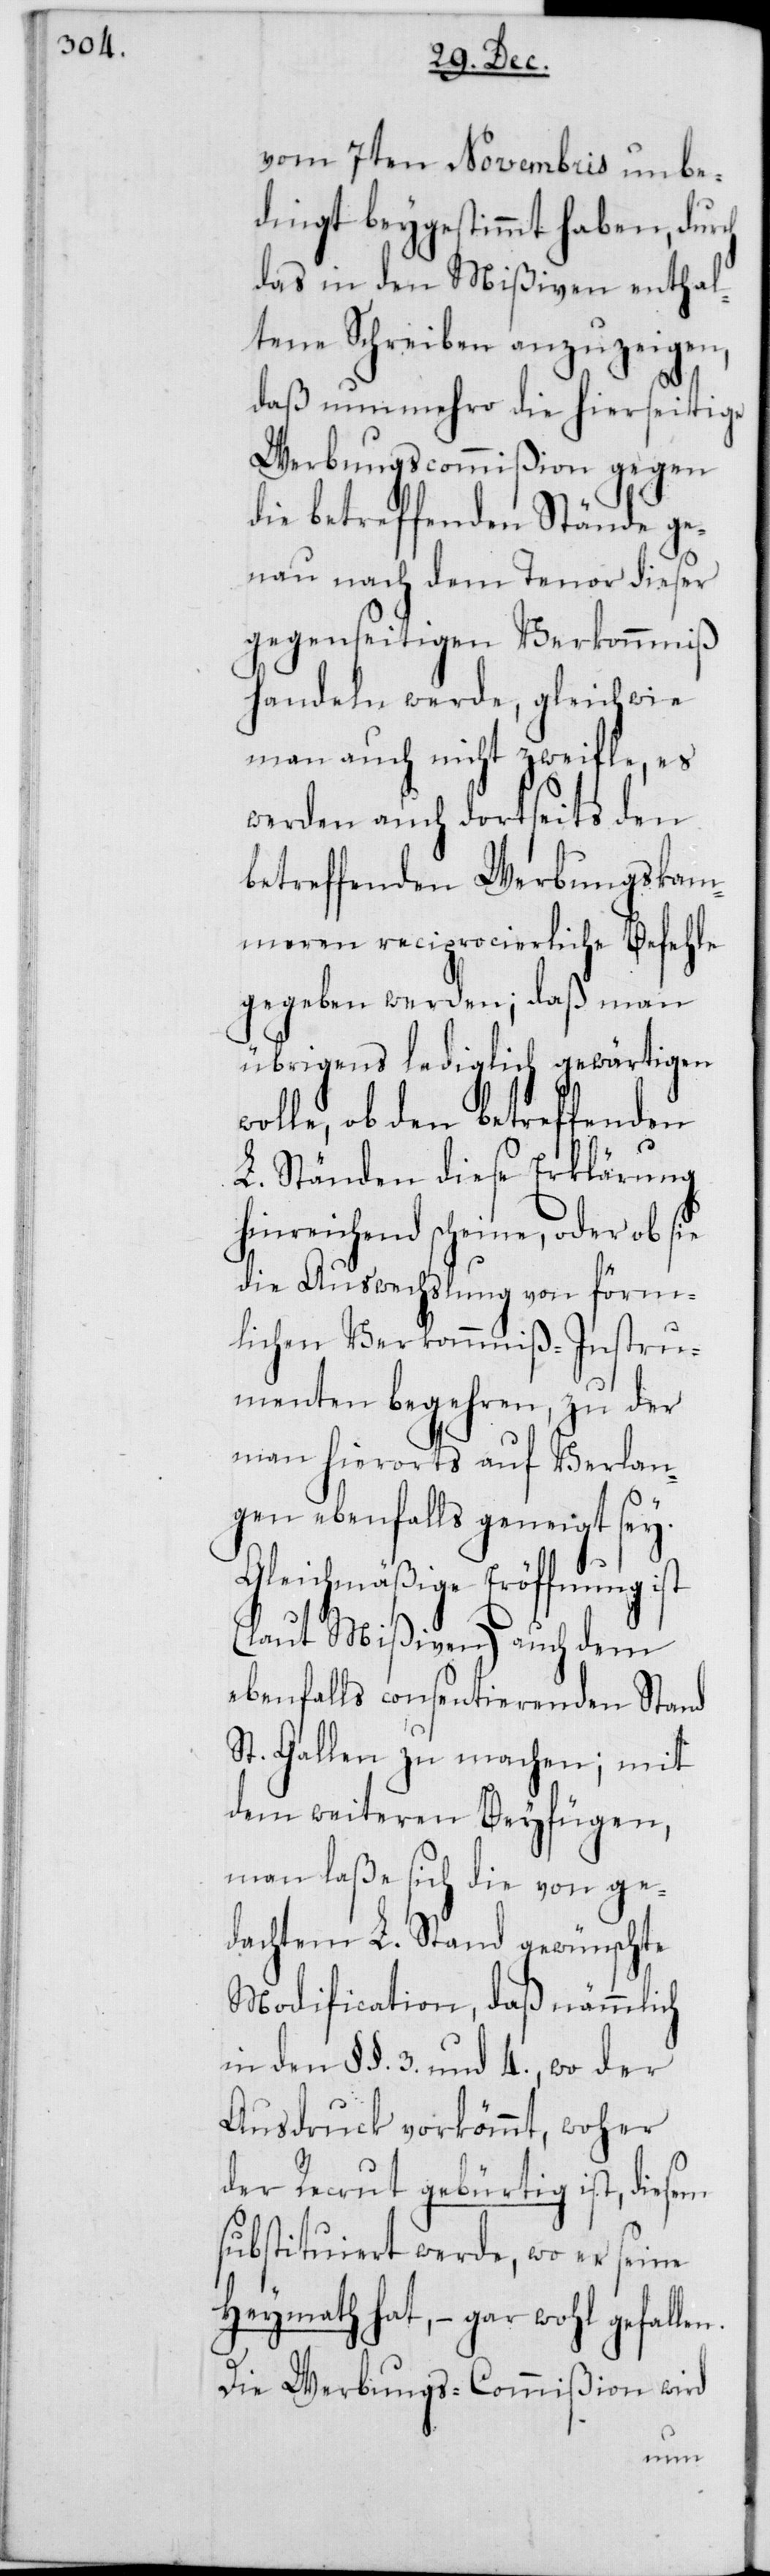
n.

vom 7ten Novembris unbe¬
dingt beygestimmt haben, durch
das in den Mißiven enthal¬
tene Schreiben anzuzeigen,
daß nunmehro die hierseitige
Werbungscommißion gegen
die betreffenden Stände ge¬
nau nach dem Tenor dieser
gegenseitigen Verkommniß
handeln werde, gleichwie
man auch nicht zweifle, es
werden auch dortseits den
betreffenden Werbungskam¬
meren reciprocierliche Befehle
gegeben werden; daß man
übrigens lediglich gewärtigen
wolle, ob den betreffenden
L. Ständen diese Erklärung
hinreichend scheine, oder ob sie
die Auswechslung von förm¬
lichen Verkommniß-Instru¬
menten begehren, zu der
man hierorts auf Verlan¬
gen ebenfalls geneigt sey.
Gleichmäßige Eröffnung ist
(laut Mißiven) auch dem
ebenfalls consentierenden Stand
St. Gallen zu machen; mit
dem weiteren Beyfügen,
man laße sich die von ge¬
dachtem L. Stand gewünschte
Modification, daß nämmlich
in den §§. 3. und 4., wo der
Ausdruck vorkömmt, woher
der Recrut gebürtig ist, diesem
substituiert werde, wo er sein
Heymath hat, – gar wohl gefalle¬
Die Werbungs-Commißion wird